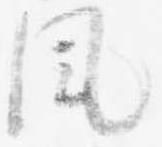
風